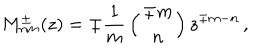
M _ { n m } ^ { \pm } ( z ) = \mp { \frac { 1 } { m } } \left( { \mp m \atop n } \right) z ^ { \mp m - n } \, ,